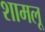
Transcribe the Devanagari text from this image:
शामलू